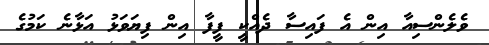
ވެލެންސިއާ އިން އެ ފައިސާ ދެއްކީ ފީފާ އިން ފިޔަަވަޅު އަޅާނެ ކަމުގެ